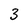
Character: 3